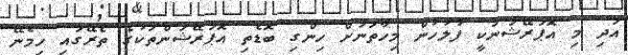
އަދި މި އޮޕަރޭޝަނަކީ ފުލުހުން މިހާތަނަށް ހިންގި ބޮޑެތި އޮޕަރޭޝަންތަކުގެ ތެރޭގައި ހިމެނޭ